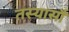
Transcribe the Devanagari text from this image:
तस्यासौ